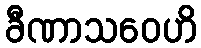
ခီဏာသဝေဟိ